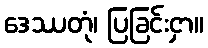
ဒေဿတုံ၊ ပြခြင်းငှာ။